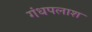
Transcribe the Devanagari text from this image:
गंधपलाश